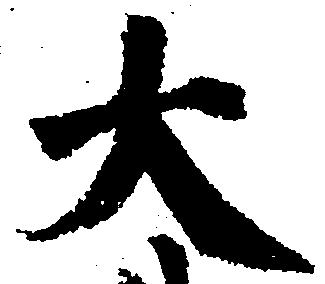
大